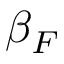
\beta _ { F }